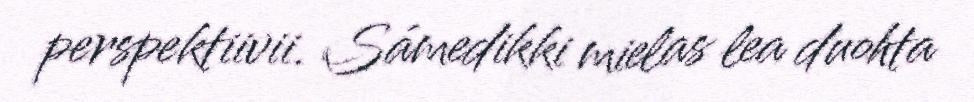
perspektiivii. Sámedikki mielas lea duohta